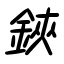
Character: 鋏